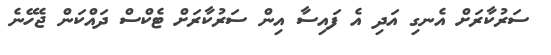
ސަރުކާރަށް އެނގި އަދި އެ ފައިސާ އިން ސަރުކާރަށް ޓެކްސް ދައްކަން ޖެހޭނެ